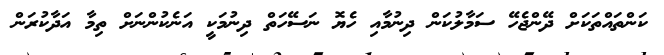
ކަންތައްތަކަށް ދޭންޖެހޭ ސަމާލުކަން ދިނުމާއި ހެޔޮ ނަސޭހަތް ދިނުމަކީ އަނެކުންނަށް ތިމާ އަދާކުރަން